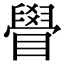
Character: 䁷